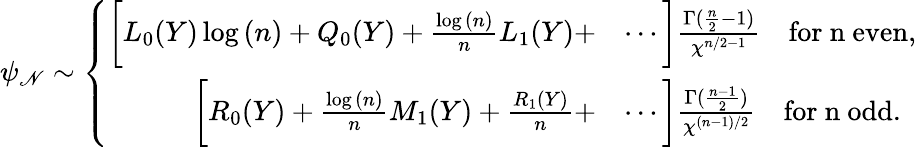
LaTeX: \psi_{\mathscr{N}}\sim\left\{ \begin{array}{rl}{\bigg[L_{0}(Y)\log{(n)}+Q_{0}(Y)+\frac{\log{(n)}}{n}L_{1}(Y)+}&{\cdots\bigg]\frac{\Gamma(\frac{n}{2}-1)}{\chi^{n/2-1}}\quad\mathrm{for~n~even},}\\ {\bigg[R_{0}(Y)+\frac{\log{(n)}}{n}M_{1}(Y)+\frac{R_{1}(Y)}{n}+}&{\cdots\bigg]\frac{\Gamma(\frac{n-1}{2})}{\chi^{(n-1)/2}}\quad\mathrm{for~n~odd}.}\end{array}\right.